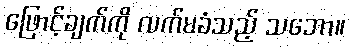
ဖြောင့်ချက်ကို လက်မခံသည့် သဘော။